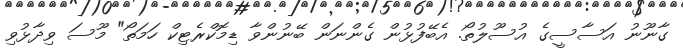
ގާނޫނު އަސާސީގެ އުސޫލުތޯ. އެބޭފުޅުން ގެންނަން ބޭނުންވާ ޑިމޮކްރެޓިކް ހަމަތޯ" މޫސަ ވިދާޅުވި